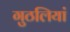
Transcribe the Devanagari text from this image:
गुठलियां